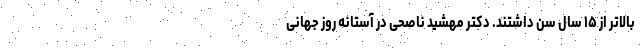
بالاتر از ۱۵ سال سن داشتند. دکتر مهشید ناصحی در آستانه روز جهانی